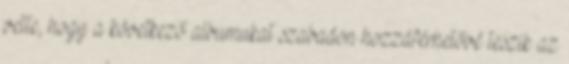
vette, hogy a következő albumukat szabadon hozzáférhetővé teszik az